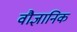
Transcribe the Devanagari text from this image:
वौज्ञानिक